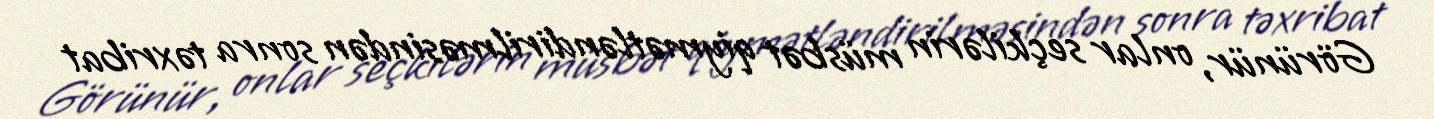
Görünür, onlar seçkilərin müsbət qiymətləndirilməsindən sonra təxribat